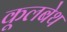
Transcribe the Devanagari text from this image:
कूलबेथ